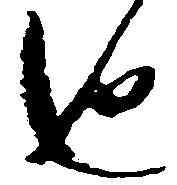
也